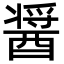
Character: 醤